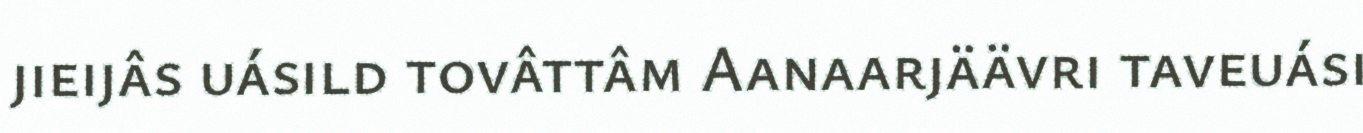
jieijâs uásild tovâttâm Aanaarjäävri taveuási